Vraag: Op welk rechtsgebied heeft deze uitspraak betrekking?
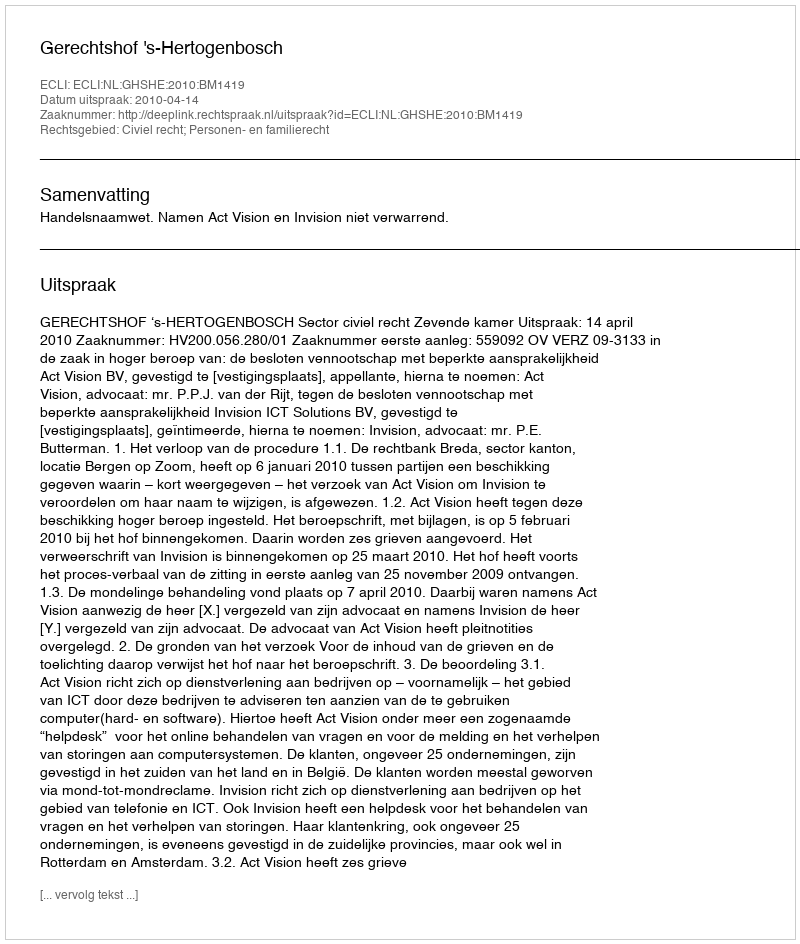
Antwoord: Civiel recht; Personen- en familierecht